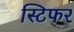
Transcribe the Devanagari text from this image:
स्टिफर